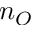
n _ { O }